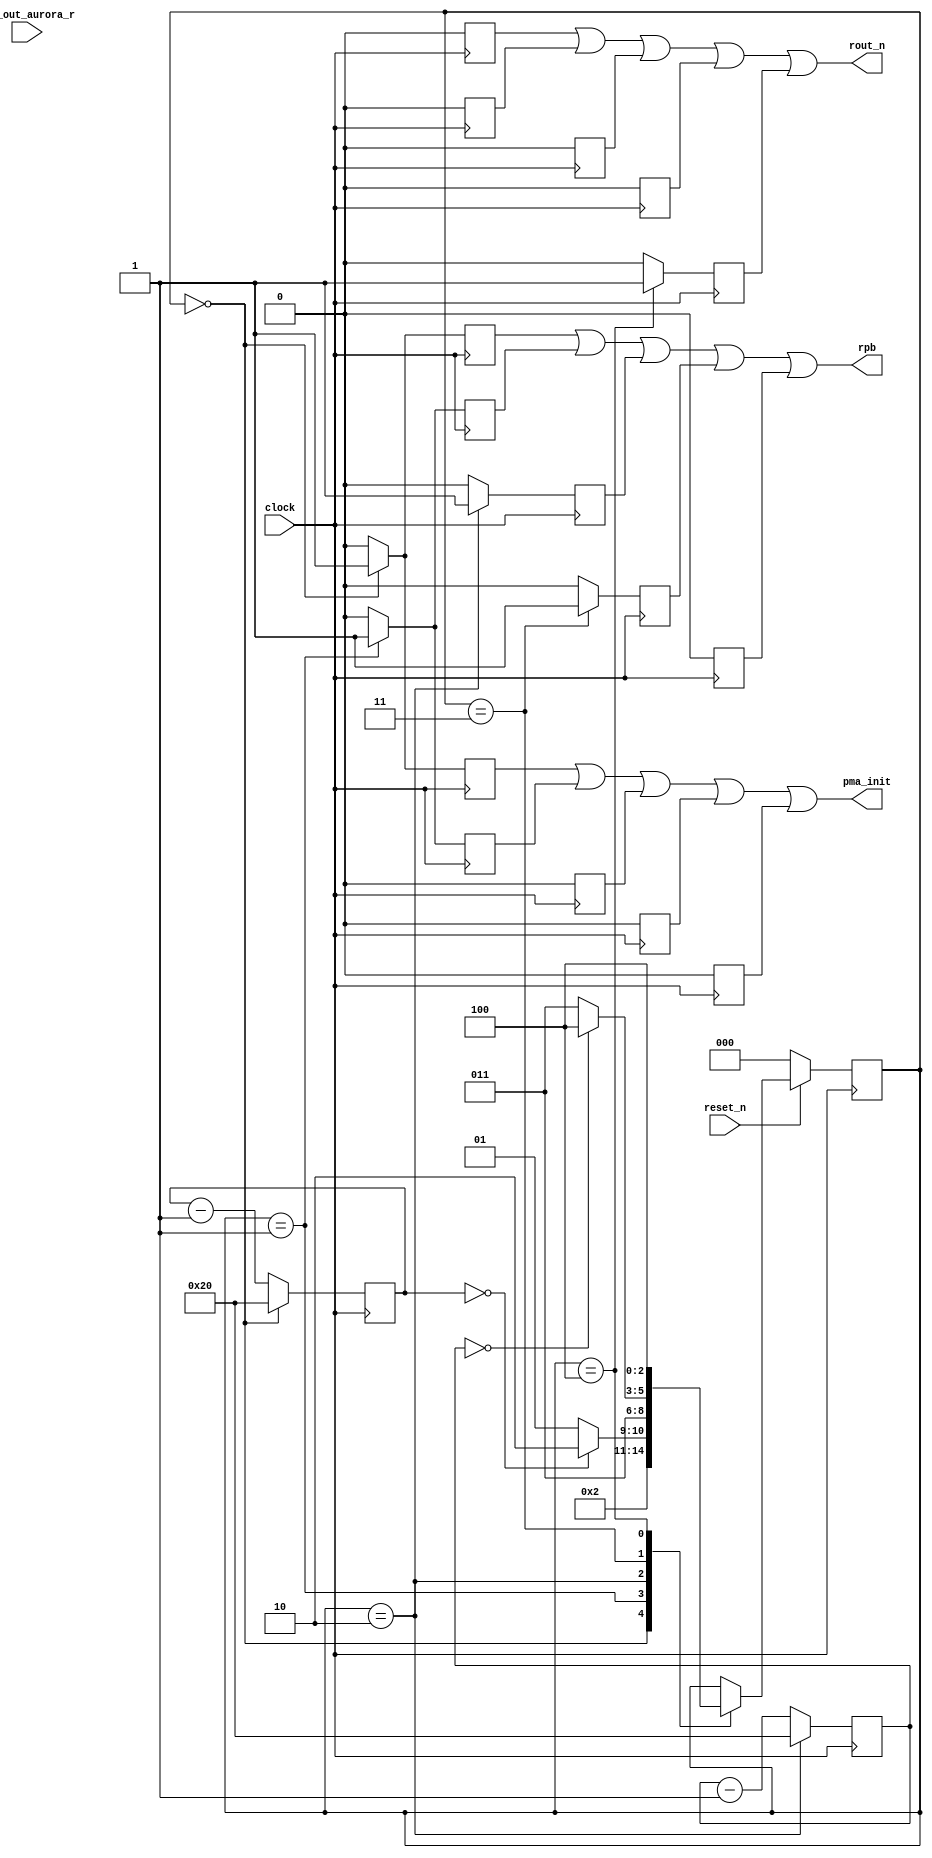
module aurora_power_on_reset  (
    input              clock                   // Clock - needs to be the aurora init_clk and needs to be stable.
  , input              reset_n                   // needs to be active high early reset (ocde - would be fine)
  , input              sys_out_aurora_r   // Let's you know when to deassert rb
  , output             pma_init                // locally registered to meet timing.
  , output             rpb                // 
  , output             rout_n
) ;

reg pos_pma_init_q;
reg pos_reset_pb_q;
reg pos_reset_logic_n_q;

reg pow_pma_init_q;
reg pow_reset_pb_q;
reg pow_reset_logic_n_q;

reg ce_pma_init_q;
reg ce_reset_pb_q;
reg ce_reset_logic_n_q;

reg dsor_pma_init_q;
reg dsor_reset_pb_q;
reg dsor_reset_logic_n_q;

reg oor_pma_init_q;
reg oor_reset_pb_q;
reg oor_reset_logic_n_q;


reg[7:0] cycle_counter_poweron;
reg[7:0] cycle_counter_poweron2;
//These regs should go to the core
assign pma_init = pos_pma_init_q | pow_pma_init_q | ce_pma_init_q | dsor_pma_init_q | oor_pma_init_q;
assign rpb = pos_reset_pb_q | pow_reset_pb_q | ce_reset_pb_q | dsor_reset_pb_q | oor_reset_pb_q;
assign rout_n = pos_reset_logic_n_q | pow_reset_logic_n_q | ce_reset_logic_n_q | dsor_reset_logic_n_q | oor_reset_logic_n_q;

reg [2:0]  SM;
parameter  POWER_ON_SEQ = 3'b000;
parameter  POWER_ON_WAIT = 3'b001;
parameter  COUNTER_EXPIRED = 3'b010;
parameter  DETECT_SYS_OUT_RESET_HIGH = 3'b011;
parameter  OUT_OF_RESET = 3'b100;

always @(posedge(clock))     
  if (SM == POWER_ON_SEQ) 
      begin
         pos_reset_logic_n_q <= 1'b0;//Activate reset
         pos_pma_init_q <= 1'b1; //assert active low pma_init_q for power_on
         pos_reset_pb_q <= 1'b1; //assert pma_init_q for 
         cycle_counter_poweron <= 8'h20; 
      end 
  else 
      begin
         cycle_counter_poweron <= cycle_counter_poweron - 8'h01; 
         pos_reset_logic_n_q <= 1'b0;//invalidate for or gate
         pos_pma_init_q <= 1'b0; //invalidate for or gate
         pos_reset_pb_q <= 1'b0; //invalidatae for or gate
      end 

        
always @(posedge(clock))           
  if (SM == POWER_ON_WAIT) 
     begin
         pow_reset_logic_n_q <= 1'b0;//maintain reset
         pow_pma_init_q <= 1'b1; //maintain assert pma_init_q for power_on
         pow_reset_pb_q <= 1'b1; //maintain assert pma_init_q for 
     end
  else 
     begin
         pow_reset_logic_n_q <= 1'b0;
         pow_pma_init_q <= 1'b0; 
         pow_reset_pb_q <= 1'b0;  
     end

always @(posedge(clock))     
  if (SM == COUNTER_EXPIRED)
     begin
         ce_reset_logic_n_q <= 1'b0;//maintain reset
         ce_pma_init_q <= 1'b0; //deassert pma_init_q for power_on
         ce_reset_pb_q <= 1'b1; //maintain assert pma_init_q for 
         cycle_counter_poweron2 <= 8'h20;  
     end 
  else  
     begin
         cycle_counter_poweron2 <= cycle_counter_poweron2 - 8'h01; 
         ce_reset_logic_n_q <= 1'b0;
         ce_pma_init_q <= 1'b0; 
         ce_reset_pb_q <= 1'b0;  
     end 

always @(posedge(clock))     
   if (SM == DETECT_SYS_OUT_RESET_HIGH)
     begin 
         dsor_reset_logic_n_q <= 1'b0;//maintain reset
         dsor_pma_init_q <= 1'b0; //maintain deassert pma_init_q for power_on
         dsor_reset_pb_q <= 1'b1; //maintain assert
     end 
   else 
     begin 
          dsor_reset_logic_n_q <= 1'b0;
          dsor_pma_init_q <= 1'b0; 
          dsor_reset_pb_q <= 1'b0;  
     end 

always @(posedge(clock))     
   if(SM == OUT_OF_RESET)
     begin
         oor_reset_logic_n_q <= 1'b1;//deassert reset (active low)
         oor_pma_init_q <= 1'b0; //maintain deassert pma_init_q for power_on
         oor_reset_pb_q <= 1'b0; //deassert rb
     end
   else
     begin
         oor_reset_logic_n_q <= 1'b0;
         oor_pma_init_q <= 1'b0; 
         oor_reset_pb_q <= 1'b0; 
     end
  
//State machine handling
always @(posedge(clock))
  if (reset_n == 1'b0) 
     begin
          SM <= POWER_ON_SEQ; 
     end  
  else
    begin 
    case (SM)
      POWER_ON_SEQ:
          SM <= POWER_ON_WAIT; 
      POWER_ON_WAIT: 
          if (cycle_counter_poweron == 8'h0) 
               SM <= COUNTER_EXPIRED;
          else SM <= POWER_ON_WAIT;
      COUNTER_EXPIRED:
               SM <= DETECT_SYS_OUT_RESET_HIGH;
      DETECT_SYS_OUT_RESET_HIGH:
          if  (cycle_counter_poweron2 == 8'h0)
               SM <= OUT_OF_RESET;
          else SM <= DETECT_SYS_OUT_RESET_HIGH;    
      OUT_OF_RESET:
          SM <= OUT_OF_RESET; //lock in this state permanently.             
    endcase
   end
endmodule